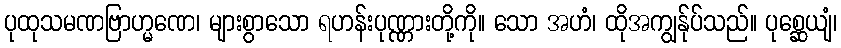
ပုထုသမဏဗြာဟ္မဏေ၊ များစွာသော ရဟန်းပုဏ္ဏားတို့ကို။ သော အဟံ၊ ထိုအကျွန်ုပ်သည်။ ပုစ္ဆေယျံ၊